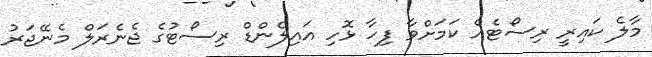
މާލެ ކައިރީ ރިސޯޓެއް ކަމަށްވާ ފިހާ ޅޮހި އައިލެންޑް ރިސޯޓުގެ ޖެނެރަލް މެނޭޖަރު